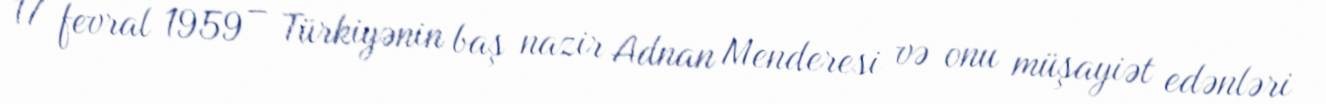
17 fevral 1959 – Türkiyənin baş nazir Adnan Menderesi və onu müşayiət edənləri